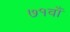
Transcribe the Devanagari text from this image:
७१वाँ